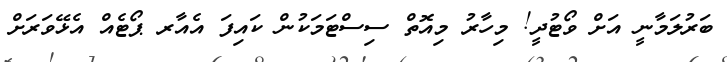
ބަރުލަމާނީ އަށް ވޯޓުދީ! މިހާރު މިއޮތް ސިސްޓަމަކުން ކައިފަ އެއާރ ޕޯޓެއް އެޅޭވަރަށް